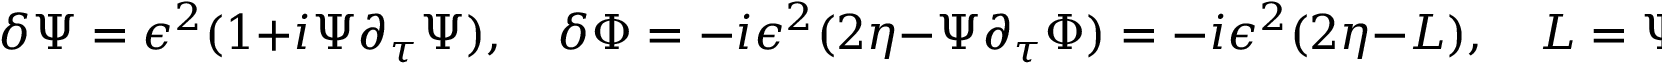
\delta \Psi = \epsilon ^ { 2 } ( 1 + i \Psi \partial _ { \tau } \Psi ) , \quad \delta \Phi = - i \epsilon ^ { 2 } ( 2 \eta - \Psi \partial _ { \tau } \Phi ) = - i \epsilon ^ { 2 } ( 2 \eta - L ) , \quad L = \Psi \partial _ { \tau } \Phi = { \frac { \partial _ { \tau } \Phi D \Phi } { 1 + \sqrt { 1 - ( \partial _ { \tau } \Phi ) ^ { 2 } } } } ,